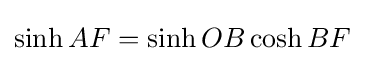
\sinh AF=\sinh OB\cosh BF